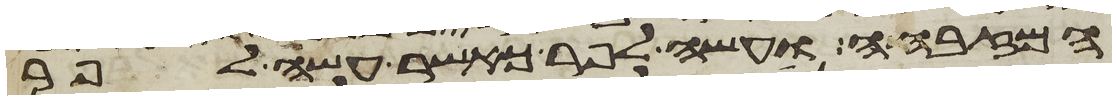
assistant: המזבחה ועשה לפר כאשר עשה לפר